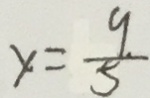
y = \frac { 9 } { 5 }